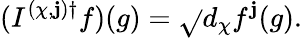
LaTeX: (I^{(\chi,\mathbf{j})\dagger}f)(g)=\sqrt{}{{d_{\chi}}}f^{\mathbf{j}}(g).